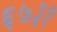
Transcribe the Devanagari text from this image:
६७३१